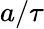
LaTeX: a/\tau